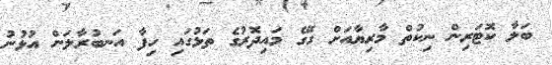
ބަލާ ކޮޓަރިން ނިކުތް މާރިޔާއަށް ގޭގެ މައިދޮރުގެ ތަޅުގައި ހިފާ އަނބުރާލަން އުޅުނު